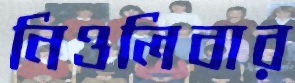
নিওলিবার